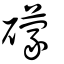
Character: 礞